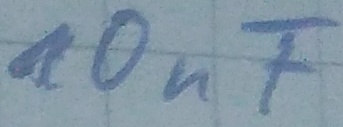
Text: 10nF